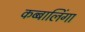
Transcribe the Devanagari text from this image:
कब्बालिंगा